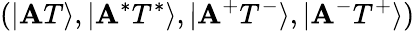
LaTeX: (|\mathbf{A}T\rangle,|\mathbf{A}^{*}T^{*}\rangle,|\mathbf{A}^{+}T^{-}\rangle,|\mathbf{A}^{-}T^{+}\rangle)